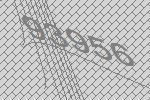
93956